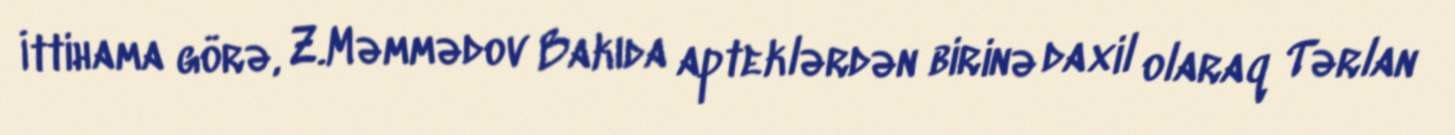
İttihama görə, Z.Məmmədov Bakıda apteklərdən birinə daxil olaraq Tərlan